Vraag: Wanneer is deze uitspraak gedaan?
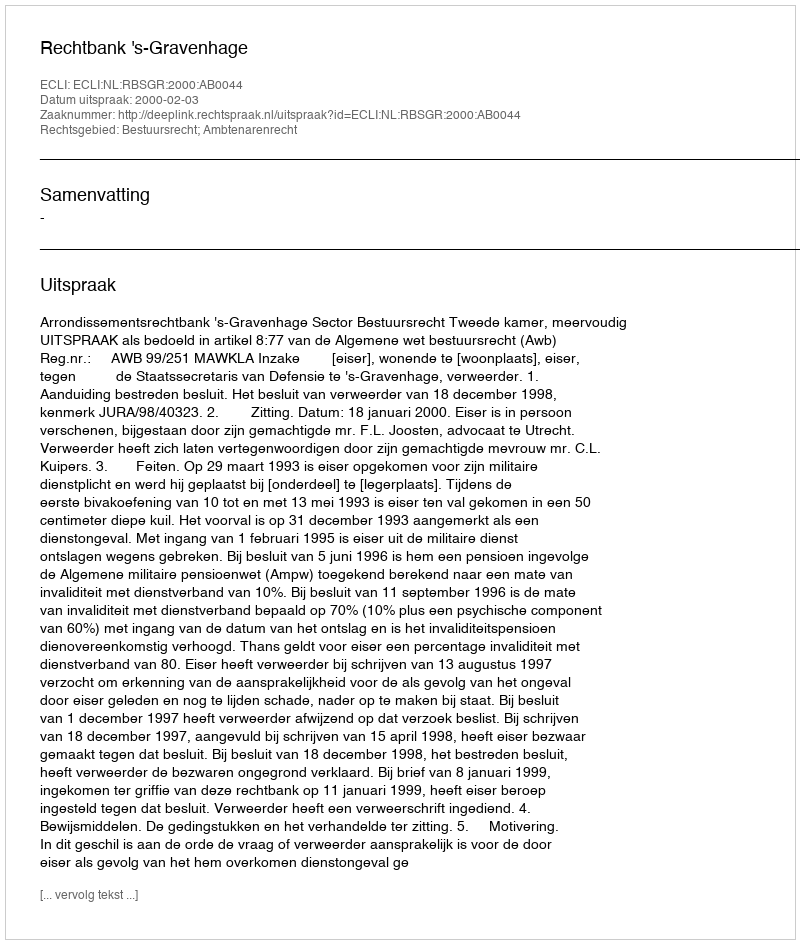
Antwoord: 2000-02-03